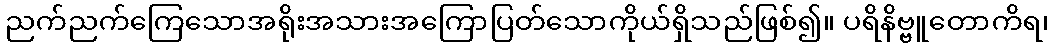
ညက်ညက်ကြေသောအရိုးအသားအကြောပြတ်သောကိုယ်ရှိသည်ဖြစ်၍။ ပရိနိဗ္ဗူတောကိရ၊